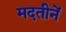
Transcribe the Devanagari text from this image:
मदतीनें